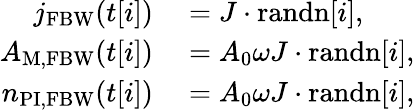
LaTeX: \begin{array}{rl}{j_{\mathrm{FBW}}(t[i])}&{{}=J\cdot\mathrm{randn}[i],}\\ {A_{\mathrm{M,FBW}}(t[i])}&{{}=A_{0}\omega J\cdot\mathrm{randn}[i],}\\ {n_{\mathrm{PI,FBW}}(t[i])}&{{}=A_{0}\omega J\cdot\mathrm{randn}[i],}\end{array}